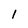
Character: 1